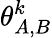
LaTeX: \theta_{A,B}^{k}